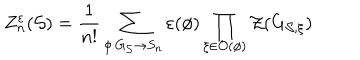
LaTeX: Z _ { n } ^ { \varepsilon } ( \mathcal { S } ) = \frac { 1 } { n ! } \sum _ { \phi : G _ { \mathcal { S } } \rightarrow S _ { n } } \varepsilon ( \phi ) \prod _ { \xi \in \mathcal { O } ( \phi ) } \mathcal { Z } ( G _ { \mathcal { S } , \xi } )